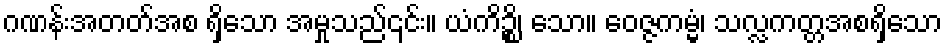
ဂဏန်းအတတ်အစ ရှိသော အမှုသည်၎င်း။ ယံကိဉ္စိ၊ သော။ ဝေဇ္ဇကမ္မံ၊ သလ္လကတ္တအစရှိသော